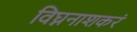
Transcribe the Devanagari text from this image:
विघ्ननाशकरं